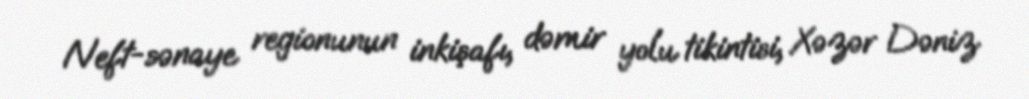
Neft-sənaye regionunun inkişafı, dəmir yolu tikintisi, Xəzər Dəniz